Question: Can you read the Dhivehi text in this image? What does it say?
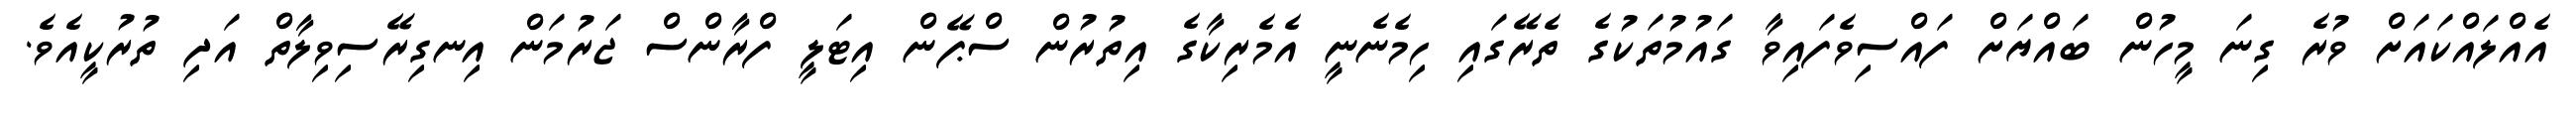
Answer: އެއްލައްކައަށް ވުރެ ގިނަ މީހުން ބައްޔަށް ފައްސިވެފައިވާ ގައުމުތަކުގެ ތެރޭގައި ހިމެނެނީ އެމެރިކާގެ އިތުރުން ސްޕޭން އިޓަލީ ފްރާންސް ޖަރުމަން އިނގިރޭސިވިލާތް އަދި ތުރުކީއެވެ.